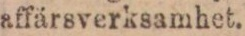
affärsverksamhet.